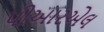
પીઆરએલ